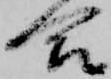
合